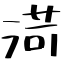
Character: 渮